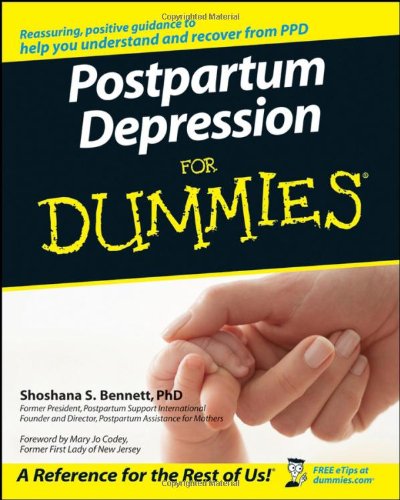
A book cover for Postpartum Depression For Dummies; Shoshana S. Bennett; Health, Fitness & Dieting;